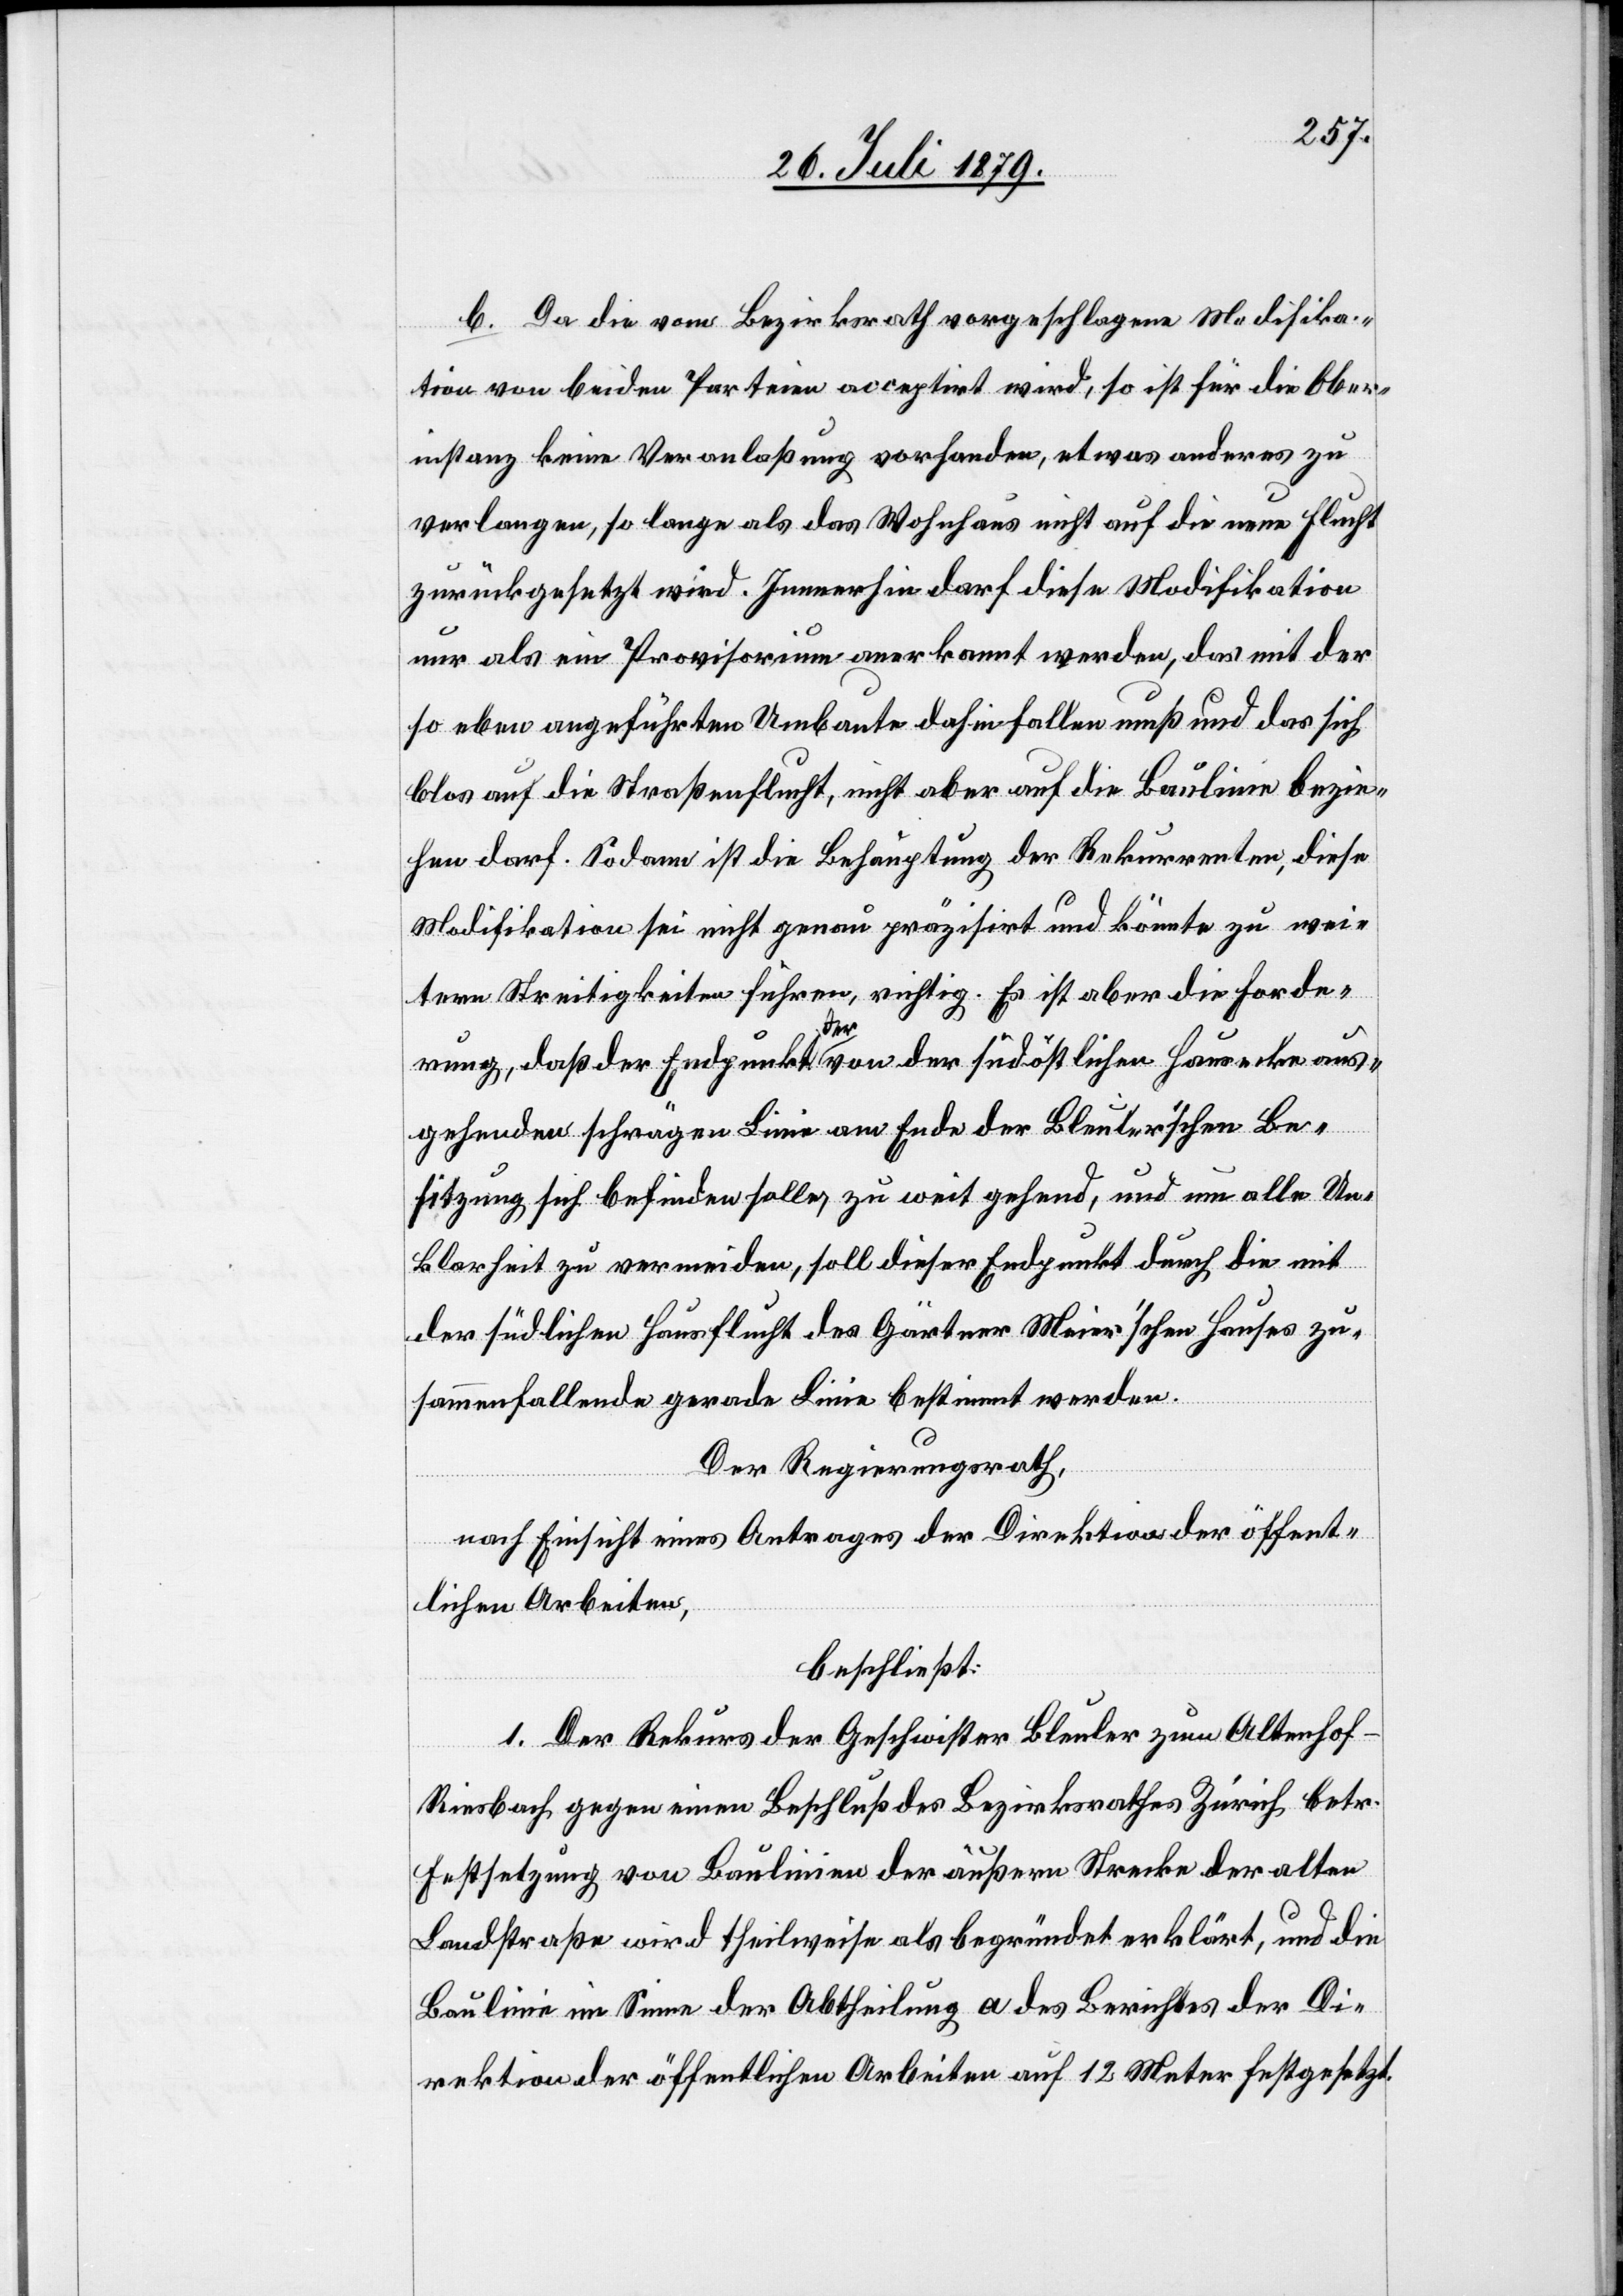
b. Da die vom Bezirksrath vorgeschlagene Modifika¬
tion von beiden Parteien acceptirt wird, so ist für die Ober¬
instanz keine Veranlaßung vorhanden, etwas anderes zu
verlangen, so lange als das Wohnhaus nicht auf die neue Flucht
zurückgesetzt wird. Immerhin darf diese Modifikation
nur als ein Provisorium anerkannt werden, das mit der
so eben angeführten Umbaute dahin fallen muß und das sich
blos auf die Straßenflucht, nicht aber auf die Baulinie bezie¬
hen darf. Sodann ist die Behauptung der Rekurrenten, diese
Modifikation sei nicht genau präzisirt und könnte zu wei¬
tern Streitigkeiten führen, richtig. Es ist aber die Forde¬
rung, daß der Endpunkt der von der südöstlichen Hausecke aus¬
gehenden schrägen Linie am Ende der Bleuler’schen Be¬
sitzung sich befinden solle, zu weit gehend, und um alle Un¬
klarheit zu vermeiden, soll dieser Endpunkt durch die mit
der südlichen Hausflucht des Gärtner Meier’schen Hauses zu¬
sammenfallende gerade Linie bestimmt werden.
Der Regierungsrath,
nach Einsicht eines Antrages der Direktion der öffent¬
lichen Arbeiten,
beschließt:
1. Der Rekurs der Geschwister Bleuler zum Altenhof -
Riesbach gegen einen Beschluß des Bezirksrathes Zürich betr.
Festsetzung von Baulinien der äußern Strecke der alten
Landstraße wird theilweise als begründet erklärt, und die
Baulinie im Sinne der Abtheilung a des Berichtes der Di¬
rektion der öffentlichen Arbeiten auf 12 Meter festgesetzt.